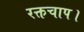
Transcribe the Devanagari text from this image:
रक्तचाप।